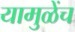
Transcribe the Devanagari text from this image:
यामुळेंच